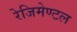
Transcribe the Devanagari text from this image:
रेजिमेण्टल